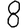
Digit: 8